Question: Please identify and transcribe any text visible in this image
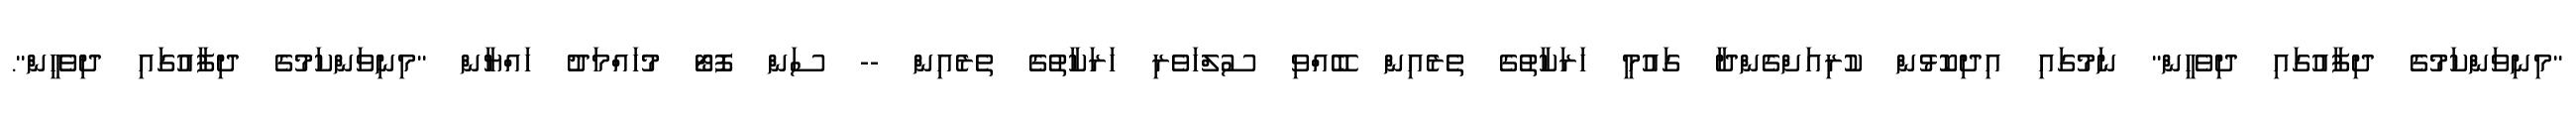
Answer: "މިނިވަންކަމުގެ ދިފާއުގައި ދިވެހީން" ނަމުގައި އިދިކޮޅުން ކުރިއަށްގެންދާ ގައުމީ ހަރަކާތުގެ ތެރެއިން ބޭއްވި ސުލްހަވެރި ހަރަކާތުގެ ތެރެއިން -- ސަން ފޮޓޯ މުހައްމަދު ހައްޔާން "މިނިވަންކަމުގެ ދިފާއުގައި ދިވެހީން".